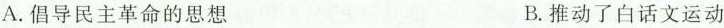
A.倡导民主革命的思想 B.推动了白话文运动